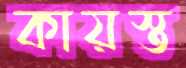
কায়স্ত